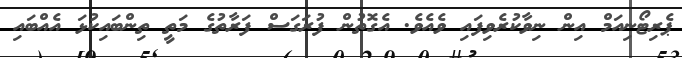
ޕެރިޓޯނިއަމް އިން ނިވާކުރެވިފައި ވެއެވެ. އެގޮތުން ފުރަގަސް ފަރާތުގެ މަތީ ތިންބައިކުޅަ އެއްބައި